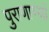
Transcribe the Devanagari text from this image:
पुराणाभ्यां